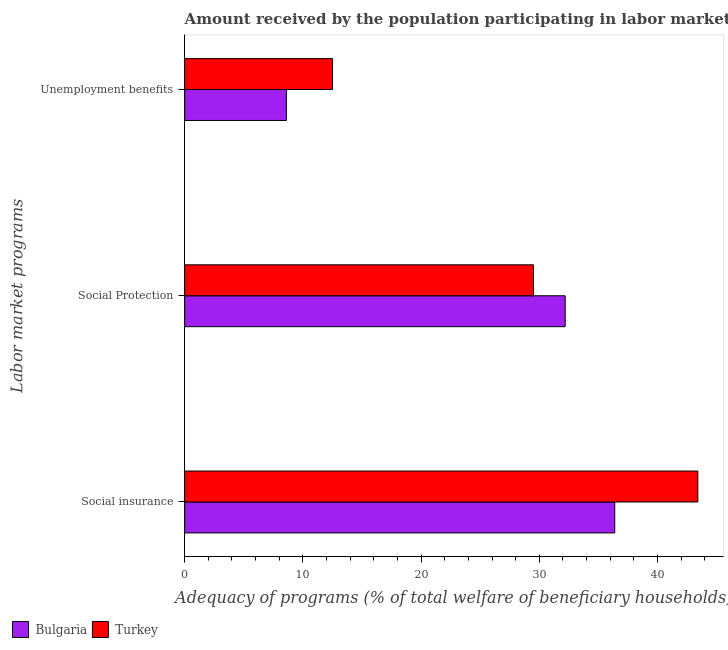
| Labor market programs | Bulgaria | Turkey |
 | --- | --- | --- |
 | Social insurance | 36.4 | 43.4 |
 | Social Protection | 32.2 | 29.5 |
 | Unemployment benefits | 8.61 | 12.5 |